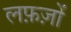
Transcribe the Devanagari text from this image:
लफ़ज़ों